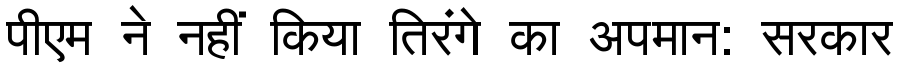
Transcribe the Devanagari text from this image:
पीएम ने नहीं किया तिरंगे का अपमान: सरकार